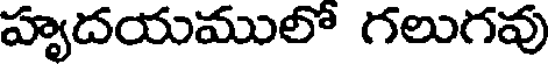
హృదయములో గలుగవు